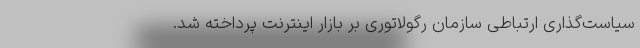
سیاست‌گذاری ارتباطی سازمان رگولاتوری بر بازار اینترنت پرداخته شد.